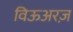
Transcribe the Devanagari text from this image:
विऊअरज़